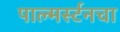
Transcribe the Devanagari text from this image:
पाल्मर्स्टनचा